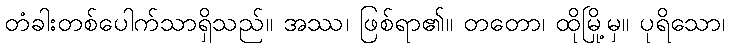
တံခါးတစ်ပေါက်သာရှိသည်။ အဿ၊ ဖြစ်ရာ၏။ တတော၊ ထိုမြို့မှ။ ပုရိသော၊